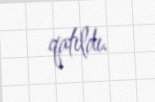
qatıldı.